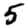
Digit: 5